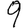
Digit: 9